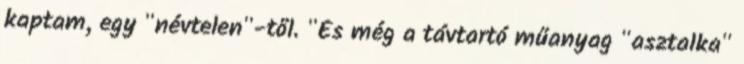
kaptam, egy "névtelen"-től. "És még a távtartó műanyag "asztalka"